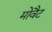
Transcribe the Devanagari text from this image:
मोवैट